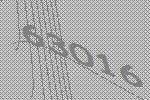
63016